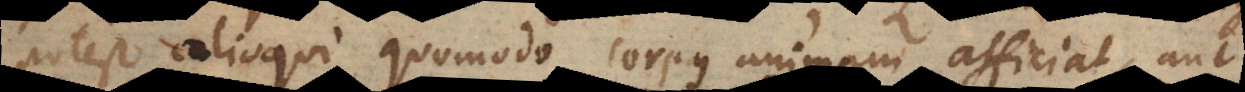
potest alioqui quomodo corpus animam afficiat, aut